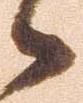
御